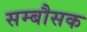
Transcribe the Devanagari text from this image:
सम्बौसक